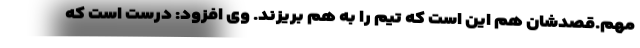
مهم.قصدشان هم این است که تیم را به هم بریزند. وی افزود: درست است که